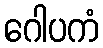
ဂေါပကံ